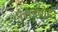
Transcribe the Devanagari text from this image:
फ्लडबोर्ड